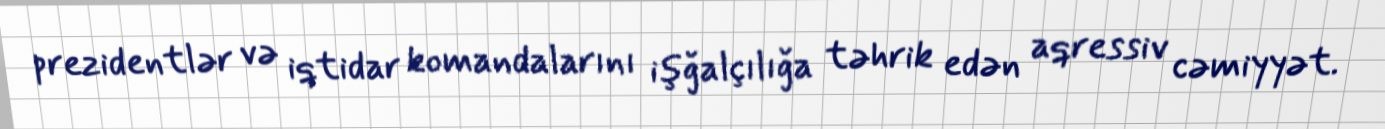
prezidentlər və iqtidar komandalarını işğalçılığa təhrik edən aqressiv cəmiyyət.